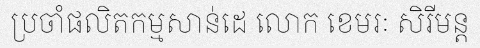
ប្រចាំផលិតកម្មសាន់ដេ លោក ខេមរៈ សិរីមន្ត